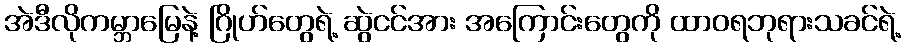
အဲဒီလိုကမ္ဘာမြေနဲ့ ဂြိုဟ်တွေရဲ့ ဆွဲငင်အား အကြောင်းတွေကို ထာဝရဘုရားသခင်ရဲ့